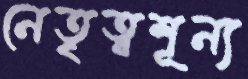
নেতৃত্বশূন্য